Annual report of the Imperial Bacteriologist
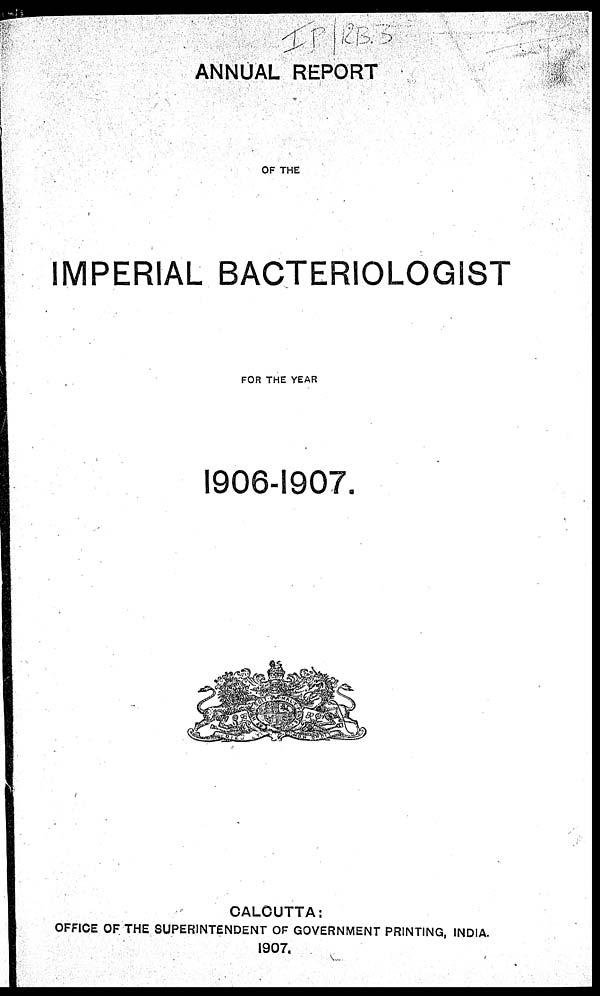
ANNUAL REPORT
OF THE
IMPERIAL BACTERIOLOGIST
FOR THE YEAR
1906-1907.
CALCUTTA:
OFFICE OF THE SUPERINTENDENT OF GOVERNMENT PRINTING, INDIA.
1907.